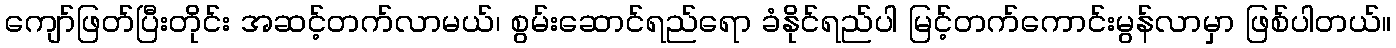
ကျော်ဖြတ်ပြီးတိုင်း အဆင့်တက်လာမယ်၊ စွမ်းဆောင်ရည်ရော ခံနိုင်ရည်ပါ မြင့်တက်ကောင်းမွန်လာမှာ ဖြစ်ပါတယ်။